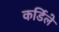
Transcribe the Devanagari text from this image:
कर्डिले